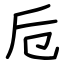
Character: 卮